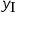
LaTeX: y _ { \mathrm { I } }